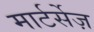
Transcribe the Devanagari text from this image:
मार्टर्सेज़